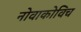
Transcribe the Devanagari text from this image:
नोवाकोविच